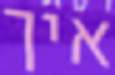
איך